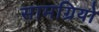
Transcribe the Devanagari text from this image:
सामग्रियो